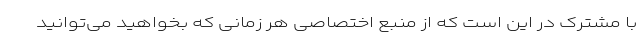
با مشترک در این است که از منبع اختصاصی هر زمانی که بخواهید می‌توانید